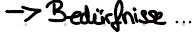
-> Bedürfnisse...